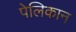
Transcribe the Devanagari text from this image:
पेलिकान